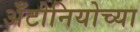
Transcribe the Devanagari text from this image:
अँटोनियोच्या